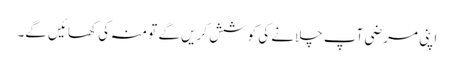
اپنی مرضی آپ چلانے کی کوشش کریں گے تو منہ کی کھائیں گے۔